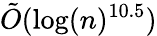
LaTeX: {\tilde{O}}(\log(n)^{10.5})